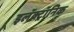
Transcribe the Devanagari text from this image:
इलॅक्ट्रॉनिक